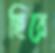
ছিরে